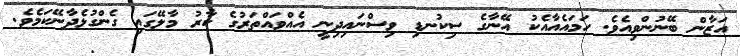
އަޒާން ބޭނުންވިއެވެ. ހަމައެއާއެކު އޭނާގެ ސިކުނޑި ވިސްނައިދިނީ އެއްވައްތަރުގެ ކާރު މާލޭގައި ގެންގުޅެދާނޭކަމެވެ.